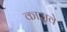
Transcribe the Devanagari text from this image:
काजवे